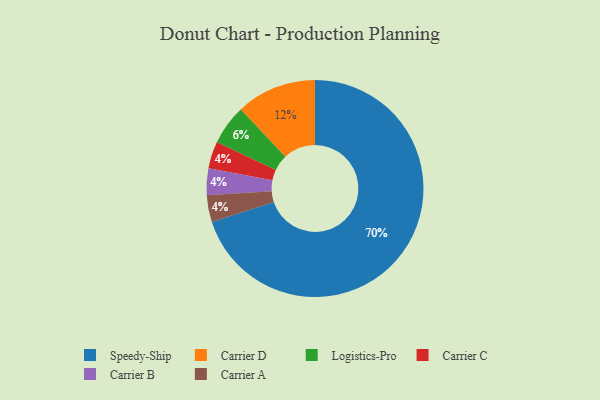
{"axis": {"x": "Category", "y": "Percentage"}, "legend": ["Carrier A", "Carrier B", "Carrier C", "Carrier D", "Logistics-Pro", "Speedy-Ship"], "data": [{"x": "Carrier C", "y": 4, "type": "Carrier C"}, {"x": "Carrier B", "y": 4, "type": "Carrier B"}, {"x": "Carrier A", "y": 4, "type": "Carrier A"}, {"x": "Carrier D", "y": 12, "type": "Carrier D"}, {"x": "Speedy-Ship", "y": 70, "type": "Speedy-Ship"}, {"x": "Logistics-Pro", "y": 6, "type": "Logistics-Pro"}]}